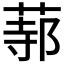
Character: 𦵟